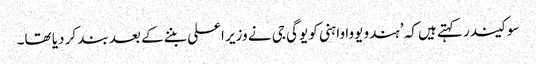
سوکیندر کہتے ہیں کہ ’ہندو یووا واہنی کو یوگی جی نے وزیر اعلی بننے کے بعد بند کر دیا تھا۔